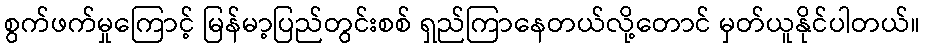
စွက်ဖက်မှုကြောင့် မြန်မာ့ပြည်တွင်းစစ် ရှည်ကြာနေတယ်လို့တောင် မှတ်ယူနိုင်ပါတယ်။